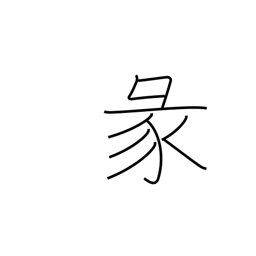
Meaning: divination